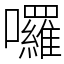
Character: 囉